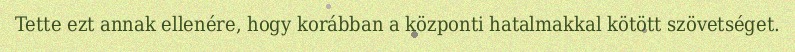
Tette ezt annak ellenére, hogy korábban a központi hatalmakkal kötött szövetséget.